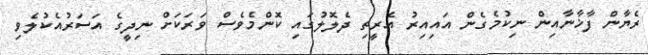
ރެޔާން ފާޚާނާއިން ނިކުމެގެން އައިއިރު އެރީތި ދެލޮލުގައި ކޮންމެވެސް ވަރަކަށް ނިދީގެ އަސަރުއެކުލެވި